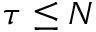
\tau \le N